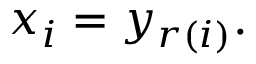
x _ { i } = y _ { r ( i ) } . \,